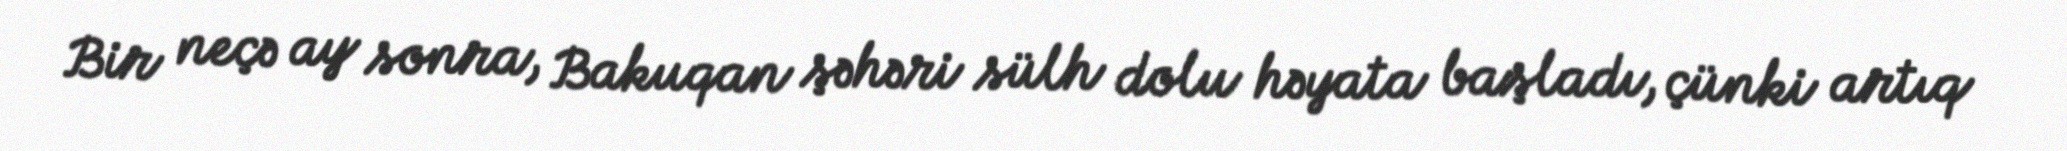
Bir neçə ay sonra, Bakuqan şəhəri sülh dolu həyata başladı, çünki artıq